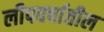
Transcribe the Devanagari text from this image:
लीपवर्षातील